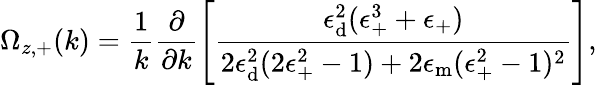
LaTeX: \Omega_{z,+}(k)=\frac{1}{k}\frac{\partial}{\partial k}\left[\frac{\epsilon_{\mathrm{d}}^{2}(\epsilon_{+}^{3}+\epsilon_{+})}{2\epsilon_{\mathrm{d}}^{2}(2\epsilon_{+}^{2}-1)+2\epsilon_{\mathrm{m}}(\epsilon_{+}^{2}-1)^{2}}\right],